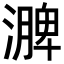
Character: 𪷗